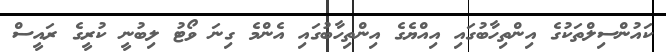
ކައުންސިލްތަކުގެ އިންތިހާބުގައި އިއްޔެގެ އިންތިހާބުގައި އެންމެ ގިނަ ވޯޓު ލިބުނީ ކުރީގެ ރައީސް